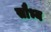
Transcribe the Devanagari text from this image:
सौभ्य